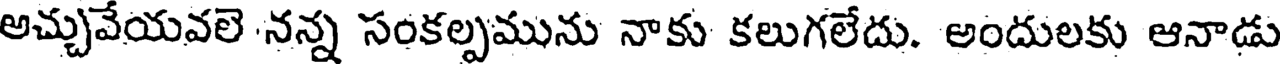
అచ్చువేయవలె నన్న సంకల్పమును నాకు కలుగలేదు. అందులకు ఆనాడు